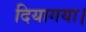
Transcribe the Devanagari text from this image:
दियागया।